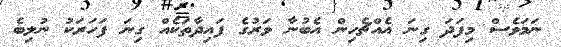
ނަމަވެސް މިފަދަ ގިނަ އެއްޗެހިން އެބުނާ ވަރުގެ ފައިދާތަކެއް ގިނަ ފަހަރަކު ނުލިބެ